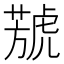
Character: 𦻮